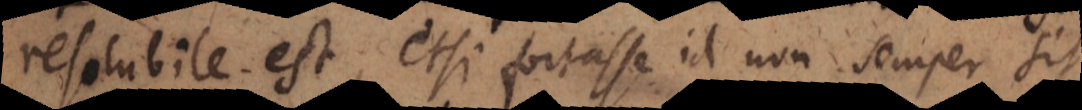
resolubile est, etsi fortasse id non semper sit